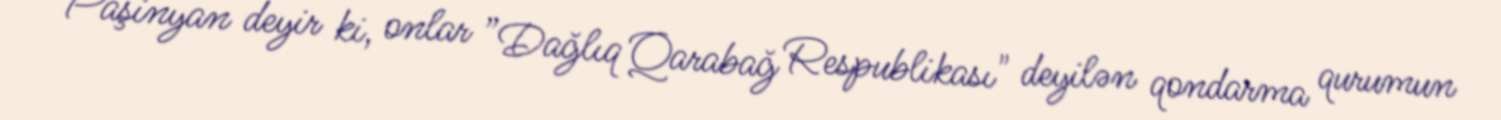
Paşinyan deyir ki, onlar ”Dağlıq Qarabağ Respublikası" deyilən qondarma qurumun